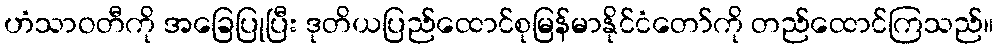
ဟံသာဝတီကို အခြေပြုပြီး ဒုတိယပြည်ထောင်စုမြန်မာနိုင်ငံတော်ကို တည်ထောင်ကြသည်။